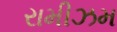
રામીઝમ